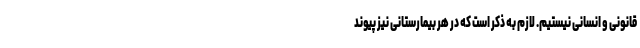
قانونی و انسانی نیستیم. لازم به ذکر است که در هر بیمارستانی نیز پیوند